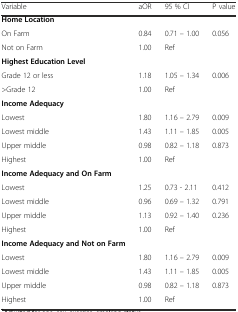
| Variable | aOR | 95 % CI | P value |
 | --- | --- | --- | --- |
 | Home Location |  |  |  |
 | On Farm | 0.84 | 0.71 – 1.00 | 0.056 |
 | Not on Farm | 1.00 | Ref |  |
 | Highest Education Level |  |  |  |
 | Grade 12 or less | 1.18 | 1.05 – 1.34 | 0.006 |
 | >Grade 12 | 1.00 | Ref |  |
 | Income Adequacy |  |  |  |
 | Lowest | 1.80 | 1.16 – 2.79 | 0.009 |
 | Lowest middle | 1.43 | 1.11 – 1.85 | 0.005 |
 | Upper middle | 0.98 | 0.82 – 1.18 | 0.873 |
 | Highest | 1.00 | Ref |  |
 | Income Adequacy and On Farm |  |  |  |
 | Lowest | 1.25 | 0.73 - 2.11 | 0.412 |
 | Lowest middle | 0.96 | 0.69 – 1.32 | 0.791 |
 | Upper middle | 1.13 | 0.92 – 1.40 | 0.236 |
 | Highest | 1.00 | Ref |  |
 | Income Adequacy and Not on Farm |  |  |  |
 | Lowest | 1.80 | 1.16 – 2.79 | 0.009 |
 | Lowest middle | 1.43 | 1.11 – 1.85 | 0.005 |
 | Upper middle | 0.98 | 0.82 – 1.18 | 0.873 |
 | Highest | 1.00 | Ref |  |